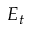
E _ { t }